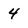
Character: 4